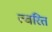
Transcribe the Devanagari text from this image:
त्चरित